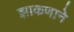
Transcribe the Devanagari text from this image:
झाकणाने